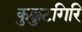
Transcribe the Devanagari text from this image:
कुक्कुटगिरि